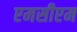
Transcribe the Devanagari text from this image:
एमसीएम